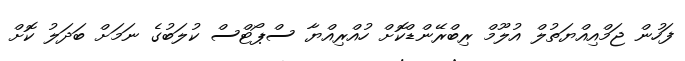
ފަހުން ޖަމްއިއްޔަތުލް އުލޫމް ރިބްރޭންޑްކޮށް ހުއްރިއްޔާ ސްޕޯޓްސް ކުލަބުގެ ނަމަށް ބަދަލު ކޮށް